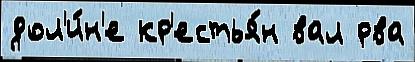
дол'и́н'е кр'естья́н вал рва